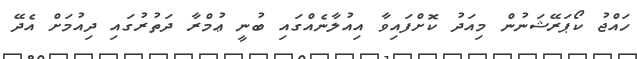
ހައްޖު ކޯޕަރޭޝަނުން މިއަދު ކޮށްފައިވާ އިއުލާނެއްގައި ބުނީ ޢުމްރާ ދަތުރުގައި ދިއުމަށް އެދޭ